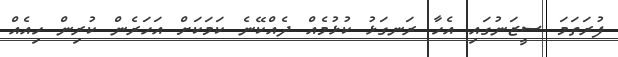
ފުރަތަމަ ސީޒަނުގައި އެހާ ރަނގަޅު ކުޅުމެއް ދެއްކޭނެ ކަމަކަށް އަހަރެން ކުރިން ހިއެއް